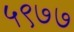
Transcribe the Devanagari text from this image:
५९७७